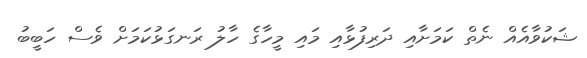
ޝަކުވާއެއް ނެތް ކަމަށާއި ދަރިފުޅާއި މައި މީހާގެ ހާލު ރަނގަޅުކަމަށް ވެސް ހަބީބު